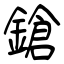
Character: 鎗